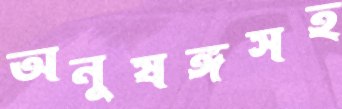
অনুষঙ্গসহ